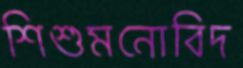
শিশুমনোবিদ